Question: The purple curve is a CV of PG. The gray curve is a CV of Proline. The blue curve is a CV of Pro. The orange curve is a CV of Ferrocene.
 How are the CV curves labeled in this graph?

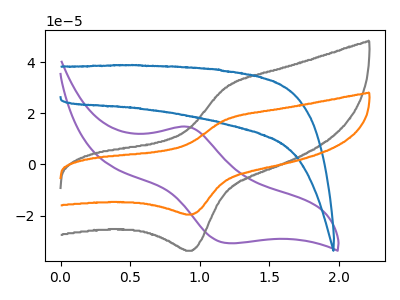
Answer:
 <answer>The purple curve is labeled "PG". The gray curve is labeled "Proline". The blue curve is labeled "Pro". The orange curve is labeled "Ferrocene".</answer>
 <eval></eval>